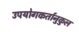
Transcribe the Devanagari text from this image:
उपयोगकर्तानुकुल